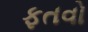
ફતવો